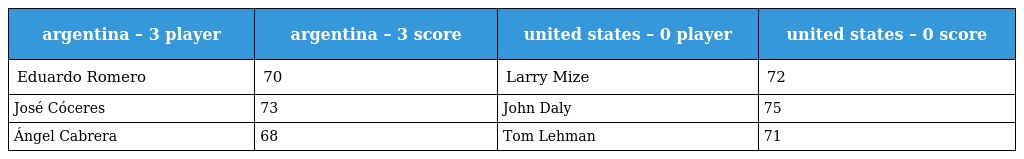
| argentina – 3 player | argentina – 3 score | united states – 0 player | united states – 0 score |
 | --- | --- | --- | --- |
 | Eduardo Romero | 70 | Larry Mize | 72 |
 | José Cóceres | 73 | John Daly | 75 |
 | Ángel Cabrera | 68 | Tom Lehman | 71 |